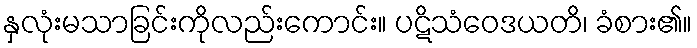
နှလုံးမသာခြင်းကိုလည်းကောင်း။ ပဋိသံဝေဒယတိ၊ ခံစား၏။